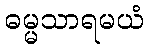
ဓမ္မသာရမယံ